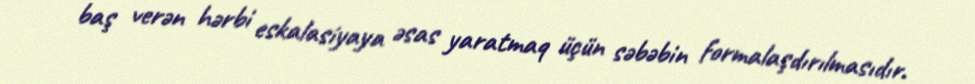
baş verən hərbi eskalasiyaya əsas yaratmaq üçün səbəbin formalaşdırılmasıdır.